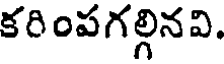
కరింపగల్గినవి.